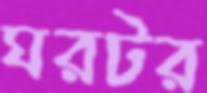
ঘরটর